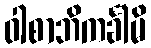
ဝါစာဘိကင်္ခါမိ